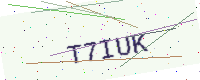
Text: T7IUK